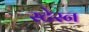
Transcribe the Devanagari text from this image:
स्टेस्न